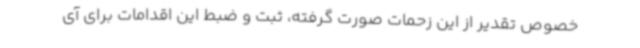
خصوص تقدیر از این زحمات صورت گرفته، ثبت و ضبط این اقدامات برای آی